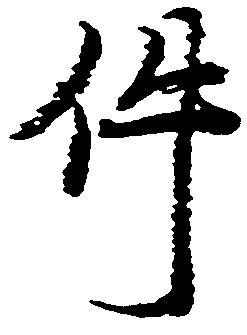
件